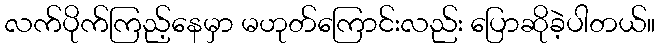
လက်ပိုက်ကြည့်နေမှာ မဟုတ်ကြောင်းလည်း ပြောဆိုခဲ့ပါတယ်။